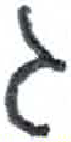
אות: ג